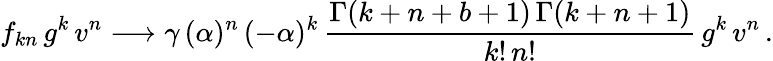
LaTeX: f_{kn}\, g^{k}\, v^{n}\longrightarrow\gamma\, (\alpha)^{n}\, (-\alpha)^{k}\, \frac{\Gamma(k+n+b+1)\, \Gamma(k+n+1)}{k!\, n!}\, g^{k}\, v^{n}\, .